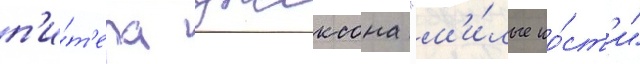
п'и́т'ера джексона "м'и́лые ко́ст'и"